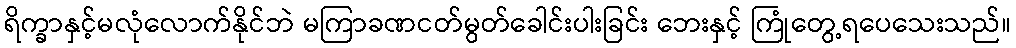
ရိက္ခာနှင့်မလုံလောက်နိုင်ဘဲ မကြာခဏငတ်မွတ်ခေါင်းပါးခြင်း ဘေးနှင့် ကြုံတွေ့ရပေသေးသည်။